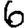
Digit: 6